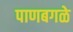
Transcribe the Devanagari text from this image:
पाणबगळे